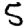
Digit: 5